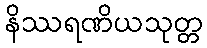
နိဿရဏိယသုတ္တ